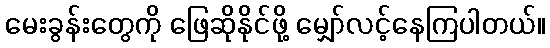
မေးခွန်းတွေကို ဖြေဆိုနိုင်ဖို့ မျှော်လင့်နေကြပါတယ်။